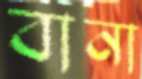
বানা